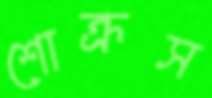
শোক্রস